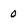
Character: 0